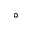
^ \circ